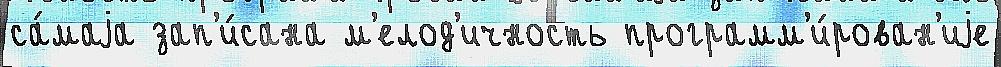
са́маjа зап'и́сана м'елод'ичность программ'и́рован'иjе